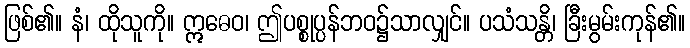
ဖြစ်၏။ နံ၊ ထိုသူကို။ ဣဓေဝ၊ ဤပစ္စုပ္ပန်ဘဝ၌သာလျှင်။ ပသံသန္တိ၊ ခြီးမွမ်းကုန်၏။